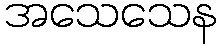
အသေသေန